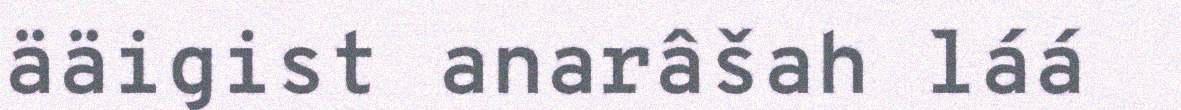
ääigist anarâšah láá